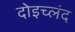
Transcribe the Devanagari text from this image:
दोइच्लंद